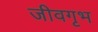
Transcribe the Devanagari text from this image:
जीवगृभ